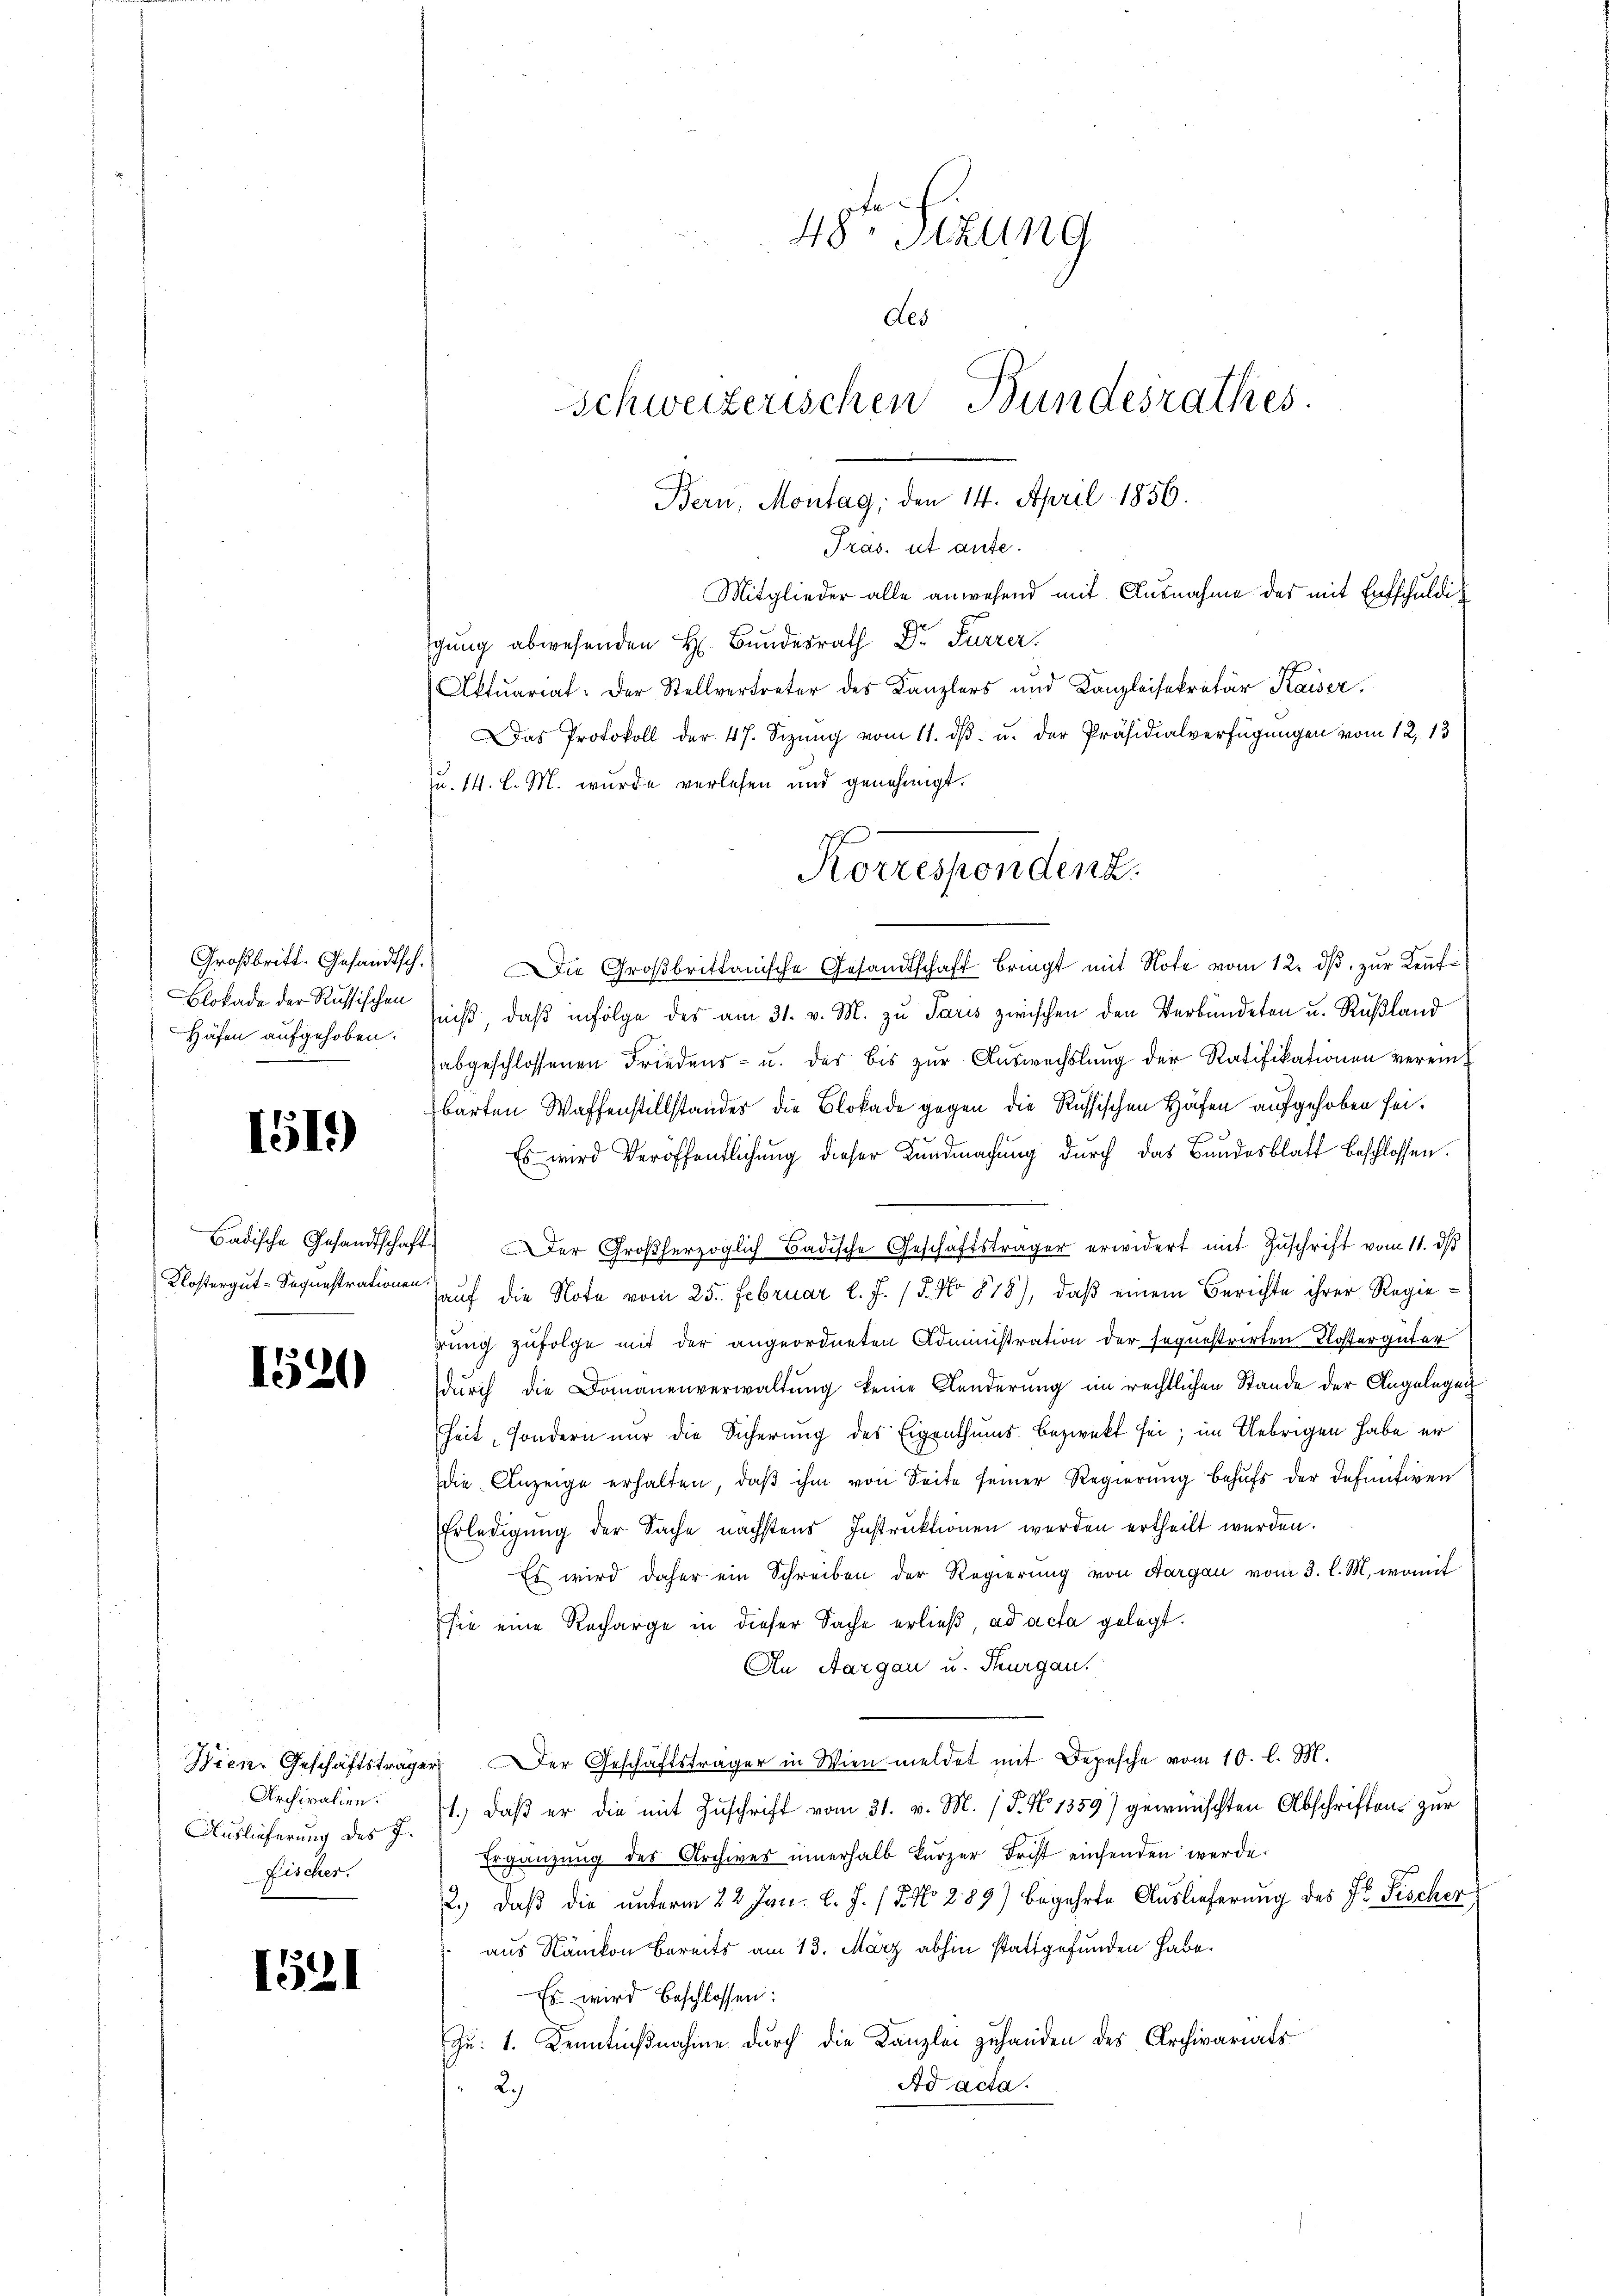
48ten Sizung
des
Schweizerischen Bundesrathes.
Bern, Montag, den 14. April 1856.
Tras. ist aufe.
Mitglieder alle anwesend mit Ausnahme des mit Entschuldigung abwesenden H. Bundesrath Dr. Furrer
Aktuariat. Der Stellvertreter des Kanzlers und Kanzleisekretär Kaiser
Das Protokoll der 47. Sizŭng vom 11. dβ u. der Präsidialverfügungen vom 12. 13

u. 14. d. M. wurde verlesen und genehmigt.

Die Großbrittanische Gesandtschaft bringt mit Note vom 12. dβ, zur Keufi
niß, daβ infolge des am 31. v. M. zu Paris zwischen den Verbündeten u. Rußland
abgeschlossenen Friedens- u. das bis zŭr Aŭswechslung der Ratifikationen vereinbarten Waffenstillstandes die Blokade gegen die Russischen Häfen aufgehoben sei.
.
Es wird Veröffentlichung dieser Kundmachung durch das Bundesblatt beschlossen.
Der Großherzoglich Badische Geschäftsträger erwidert mit Zuschrift vom 11. d
auf die Note vom 25. Februar l. J. 18. No 878), daß einem Berichte ihrer Regierung zufolge mit der angeordneten Administration der seguestrirten Klostergüter
durch die Domanenverwaltung keine Kanderung im rechtlichen Stande der Angelegen
heit, sondern nur die Sicherung des Eigenthums bezweckt sei; im Uebrigen habe er
die Anzeige erhalten, daβ ihm von Seite seiner Regierung behufs der definitiven
Erledigŭng der Sache nächstens Instruktionen werden ertheilt werden.
Es wird daher ein Schreiben der Regierung von Aargau vom 3. l. M., womit
sie eine Recharge in dieser Sache erließ, ad acta gelegt.
An Aargau u. Thurgau.
Der Geschäftsträger in Wien meldet mit Depesche vom 10. l. M.
1.) daß er die mit Zuschrift vom 31. v. M. (T. No 1359) gewünschten Abschriften zur
Ergänzung des Archives innerhalb kürzer Frist einsenden werde.
2.) Daß die unterm 22 Jan. l. J. / 5. No. 289) begehrte Auslieferung des Hr. Fischer
aus Nänikon bereits am 13. März abhin stattgefunden habe.
Es wird beschlossen:
Zu: 1. Kenntnißnahme durch die Kanzlei zuhanden des Archivariats
Ad acta.
2.)

Korrespendenz.

Großbritt. Gesandtsch.
Blokade der Russischen
Häfen aufgehoben.

1519)

Badische Gesandtschaft
Klostergut-Sequestrationen.

1520

Wien, Geschäftsträger
Archivalien.
Auslieferung des J.
Fischer.

1521